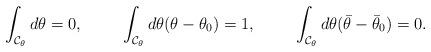
LaTeX: \begin{align*}\int_{{\cal C}_{\theta}}d\theta = 0,\hspace{1cm}\int_{{\cal C}_{\theta}}d\theta(\theta-\theta_{0}) = 1,\hspace{1cm}\int_{{\cal C}_{\theta}}d\theta(\bar\theta-\bar\theta_{0}) = 0.\end{align*}